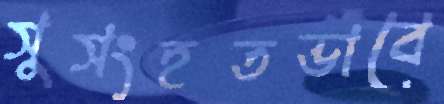
সুসংহতভাবে